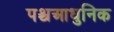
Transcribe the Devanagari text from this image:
पश्चआधुनिक